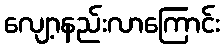
လျော့နည်းလာကြောင်း